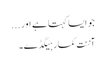
جو ایسا کہتا ہے اور ...
آننت کمار ہیگڈے۔